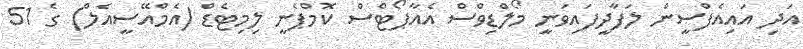
އަދި އައިއެފްސީން ލަފާދީފައިވަނީ މޯލްޑިވްސް އެއާޕޯޓްސް ކޮމްޕެނީ ލިމިޓެޑް (އެމްއޭސީއެލް) ގެ 51